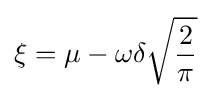
\xi =\mu -\omega \delta {\sqrt {\frac {2}{\pi }}}